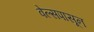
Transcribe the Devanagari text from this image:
वेल्सपासून